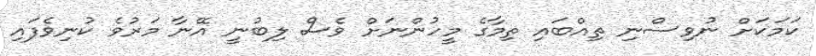
ކަމަކަށް ނުވިސްނި ތިއްބައި ތިމާގެ މީހުންނަށް ވެސް ލިބުނީ އޭނާ މަރުވެ ކުނިވެފައި